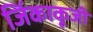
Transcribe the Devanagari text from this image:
जिंकाकूजी